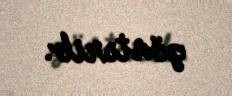
göstərib.